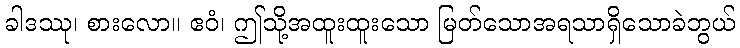
ခါဒဿု၊ စားလော။ ဧဝံ၊ ဤသို့အထူးထူးသော မြတ်သောအရသာရှိသောခဲဘွယ်